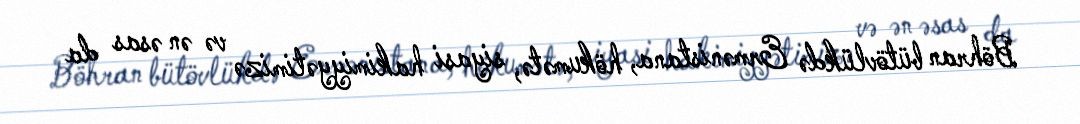
Böhran bütövlükdə Ermənistana, hökumətə, siyasi hakimiyyətimizə və ən əsas da